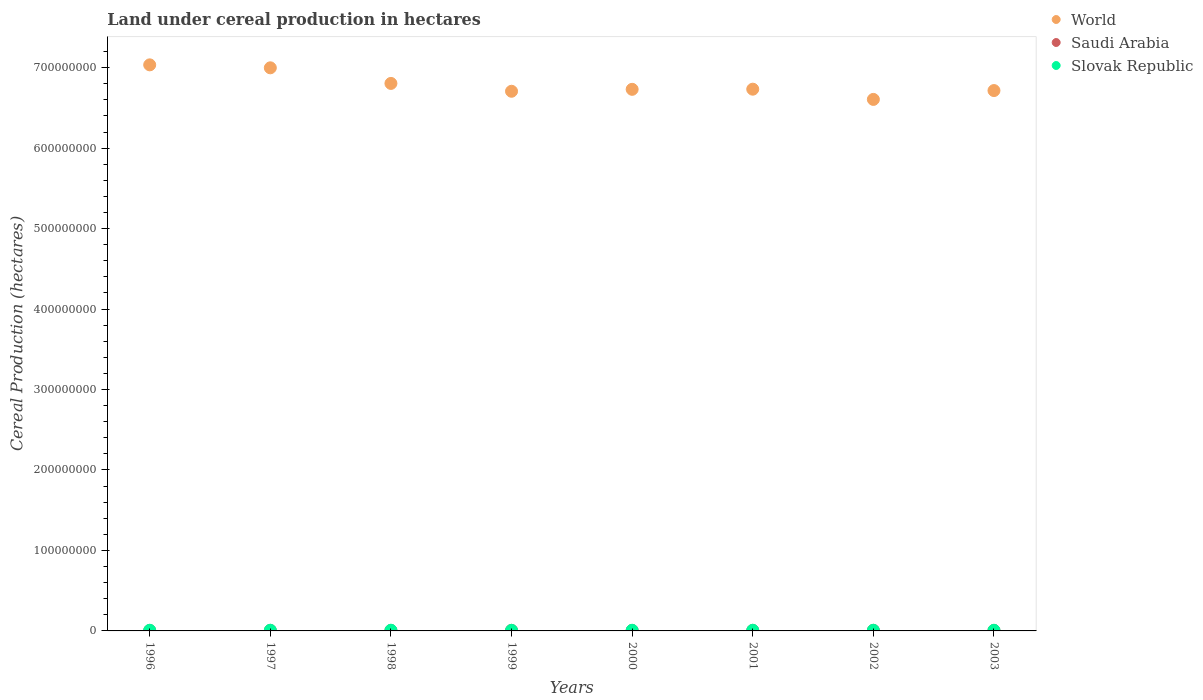
| Years | World | Saudi Arabia | Slovak Republic |
 | --- | --- | --- | --- |
 | 1996 | 7.03e+08 | 5.63e+05 | 8.28e+05 |
 | 1997 | 7e+08 | 6.56e+05 | 8.5e+05 |
 | 1998 | 6.8e+08 | 6.22e+05 | 8.6e+05 |
 | 1999 | 6.71e+08 | 6.86e+05 | 7.34e+05 |
 | 2000 | 6.73e+08 | 6.16e+05 | 8.13e+05 |
 | 2001 | 6.73e+08 | 6.59e+05 | 8.35e+05 |
 | 2002 | 6.61e+08 | 7.05e+05 | 8.2e+05 |
 | 2003 | 6.72e+08 | 6.97e+05 | 7.95e+05 |